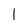
Character: 1